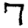
Digit: 7